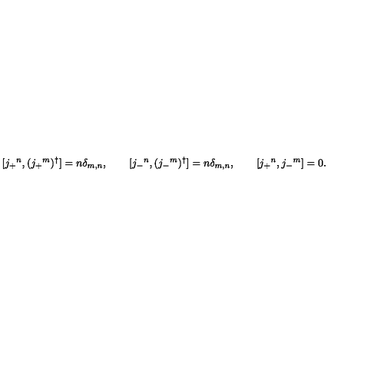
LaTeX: [ j _ { + } { } ^ { n } , ( j _ { + } { } ^ { m } ) ^ { \dagger } ] = n \delta _ { m , n } , \qquad [ j _ { - } { } ^ { n } , ( j _ { - } { } ^ { m } ) ^ { \dagger } ] = n \delta _ { m , n } , \qquad [ j _ { + } { } ^ { n } , j _ { - } { } ^ { m } ] = 0 .